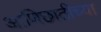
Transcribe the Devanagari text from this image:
आणिछातीच्या